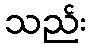
သည်း